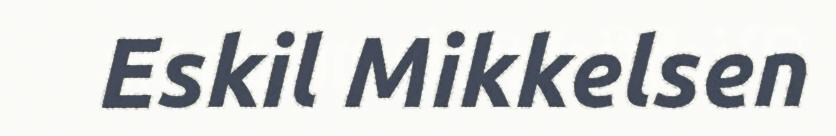
Eskil Mikkelsen